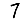
Digit: 7